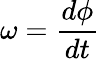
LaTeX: \omega={\frac{d\phi}{dt}}